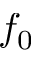
f _ { 0 }